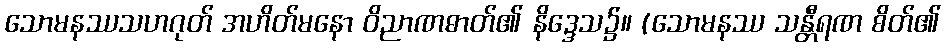
သောမနဿသဟဂုတ် အဟိတ်မနော ဝိညာဏဓာတ်၏ နိဒ္ဒေသ၌။ (သောမနဿ သန္တီရဏ စိတ်၏